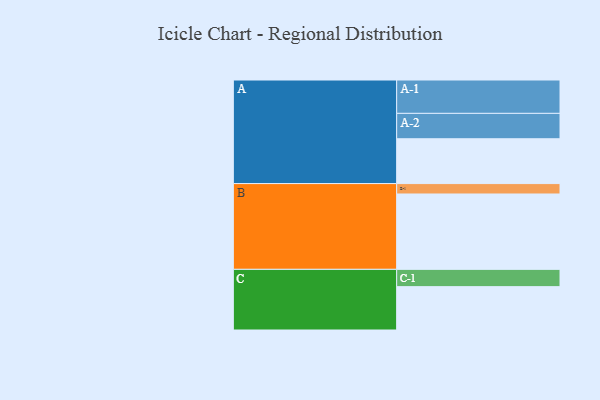
{"axis": {"x": "Segment", "y": "Value"}, "legend": ["", "A", "B", "C"], "data": [{"x": "A", "y": 332, "type": ""}, {"x": "B", "y": 558, "type": ""}, {"x": "C", "y": 321, "type": ""}, {"x": "A-1", "y": 247, "type": "A"}, {"x": "A-2", "y": 188, "type": "A"}, {"x": "B-1", "y": 77, "type": "B"}, {"x": "C-1", "y": 128, "type": "C"}]}